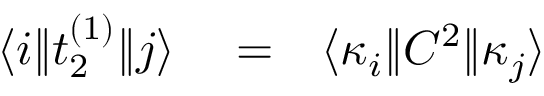
\begin{array} { r l r } { \langle i \| t _ { 2 } ^ { ( 1 ) } \| j \rangle } & { { } = } & { \langle \kappa _ { i } \| C ^ { 2 } \| \kappa _ { j } \rangle } \end{array}